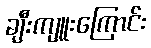
ချီးကျူးကြောင်း